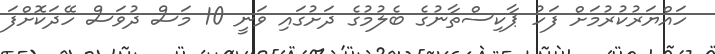
ހައްޔަރުކުރުމަށް ފަހު ޕާކިސްތާނުގެ ބެލުމުގެ ދަށުގައި ވަނީ 10 މަސް ދުވަސް ހޭދަކޮށްފަ